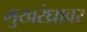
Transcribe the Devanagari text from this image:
मुखरंध्रावर